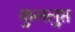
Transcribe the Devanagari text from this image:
कुललुप्त